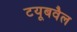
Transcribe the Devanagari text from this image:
टयूबवैल